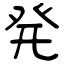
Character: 発